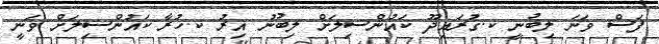
ފަސް ވަނަ ލިބުނީ ކ.ގުރައިދޫ ކައުންސިލަށް ލިބުނު އިރު ކ.ހުރާ ކައުންސިލަށް ވަނީ